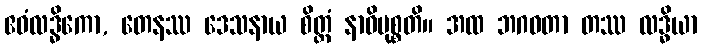
ဧဝံလဒ္ဓိကော, တေနဿ ဒေသနာယ စိတ္တံ နာဓိမုစ္စတိ။ အထ ဘဂဝတာ တဿ လဒ္ဓိယာ